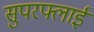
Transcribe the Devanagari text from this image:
सुपरफ्लाई